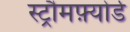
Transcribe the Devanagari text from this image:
स्ट्रौमफ़्योर्ड